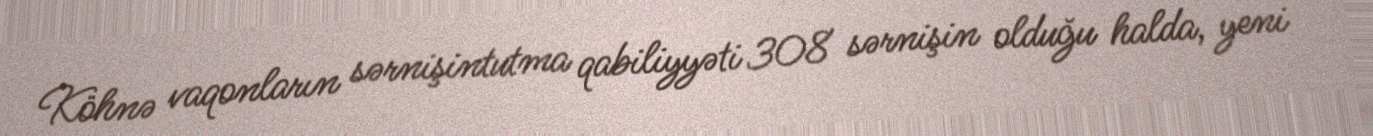
Köhnə vaqonların sərnişintutma qabiliyyəti 308 sərnişin olduğu halda, yeni